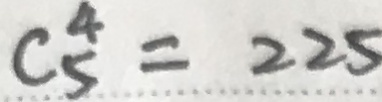
C _ { 5 } ^ { 4 } = 2 2 5